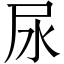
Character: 尿